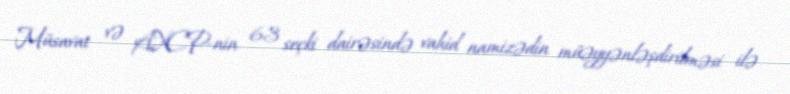
Müsavat və AXCP-nin 63 seçki dairəsində vahid namizədin müəyyənləşdirilməsi ilə